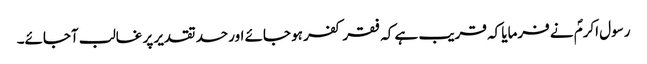
رسول اکرمؐ نے فرمایا کہ قریب ہے کہ فقر کفر ہو جائے اور حسد تقدیر پر غالب آجائے۔